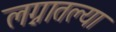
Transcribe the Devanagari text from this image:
लग्नातल्या